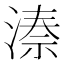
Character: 𬈙